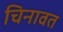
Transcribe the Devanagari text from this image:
चिनावत